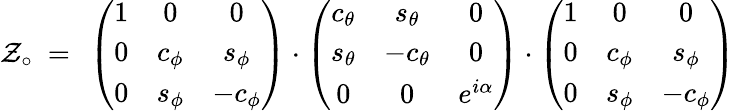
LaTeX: \mathcal{Z}_{\circ}\ =\ \left(\begin{array}{ccc}{{1}}&{{0}}&{{0}}\\ {{0}}&{{c_{\phi}}}&{{s_{\phi}}}\\ {{0}}&{{s_{\phi}}}&{{-c_{\phi}}}\end{array}\right)\cdot\left(\begin{array}{ccc}{{c_{\theta}}}&{{s_{\theta}}}&{{0}}\\ {{s_{\theta}}}&{{-c_{\theta}}}&{{0}}\\ {{0}}&{{0}}&{{e^{i\alpha}}}\end{array}\right)\cdot\left(\begin{array}{ccc}{{1}}&{{0}}&{{0}}\\ {{0}}&{{c_{\phi}}}&{{s_{\phi}}}\\ {{0}}&{{s_{\phi}}}&{{-c_{\phi}}}\end{array}\right)